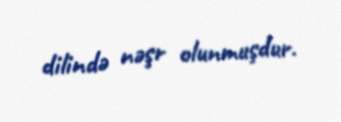
dilində nəşr olunmuşdur.